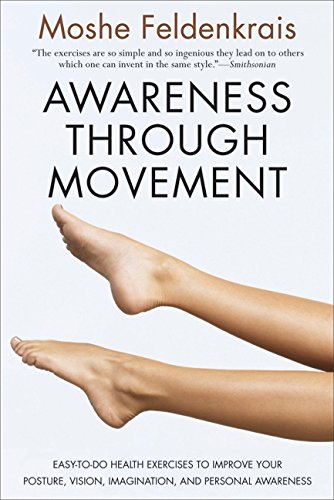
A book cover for Awareness Through Movement: Easy-to-Do Health Exercises to Improve Your Posture, Vision, Imagination, and Personal Awareness; Moshe Feldenkrais; Health, Fitness & Dieting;